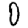
Digit: 0